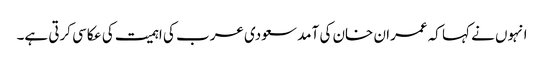
انہوں نے کہا کہ عمران خان کی آمد سعودی عرب کی اہمیت کی عکاسی کرتی ہے۔